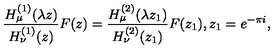
\frac { H _ { \mu } ^ { ( 1 ) } ( \lambda z ) } { H _ { \nu } ^ { ( 1 ) } ( z ) } F ( z ) = \frac { H _ { \mu } ^ { ( 2 ) } ( \lambda z _ { 1 } ) } { H _ { \nu } ^ { ( 2 ) } ( z _ { 1 } ) } F ( z _ { 1 } ) , z _ { 1 } = e ^ { - \pi i } ,